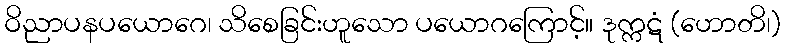
ဝိညာပနပယောဂေ၊ သိစေခြင်းဟူသော ပယောဂကြောင့်။ ဒုက္ကဋံ (ဟောတိ၊)